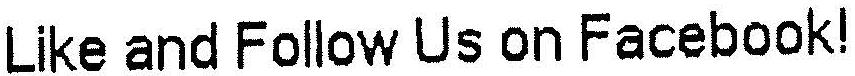
LIKE AND FOLLOW US ON FACEBOOK!